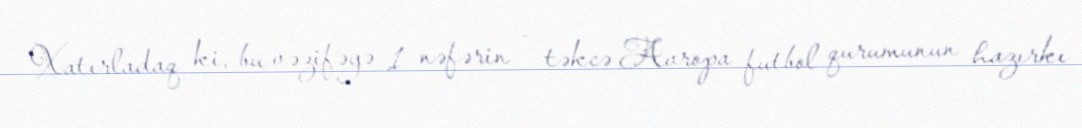
Xatırladaq ki, bu vəzifəyə 1 nəfərin – təkcə Avropa futbol qurumunun hazırkı